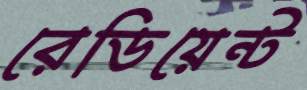
রেডিয়েন্ট